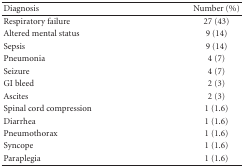
| Diagnosis | Number (%) |
 | --- | --- |
 | Respiratory failure | 27 (43) |
 | Altered mental status | 9 (14) |
 | Sepsis | 9 (14) |
 | Pneumonia | 4 (7) |
 | Seizure | 4 (7) |
 | GI bleed | 2 (3) |
 | Ascites | 2 (3) |
 | Spinal cord compression | 1 (1.6) |
 | Diarrhea | 1 (1.6) |
 | Pneumothorax | 1 (1.6) |
 | Syncope | 1 (1.6) |
 | Paraplegia | 1 (1.6) |